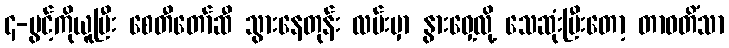
၄-ပွင့်ကိုယူပြီး စေတီတော်ဆီ သွားနေတုန်း လမ်းမှာ နွားဝှေ့လို့ သေဆုံးပြီးတော့ တာဝတိံသာ